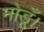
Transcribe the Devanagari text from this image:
मोडूँ।